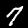
Digit: 7